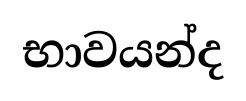
භාවයන්ද